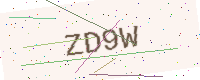
Text: ZD9W